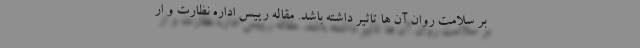
بر سلامت روان آن ها تاثیر داشته باشد. مقاله رییس اداره نظارت و ار